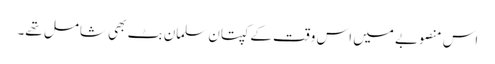
اس منصوبے میں اس وقت کے کپتان سلمان بٹ بھی شامل تھے۔